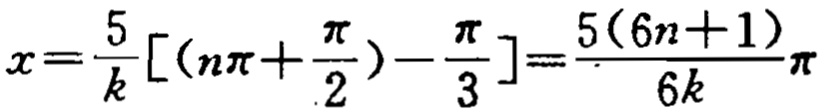
\(x=\frac{5}{k}[(n\pi+\frac{\pi}{2})-\frac{\pi}{3}]=\frac{5(6n + 1)}{6k}\pi\)